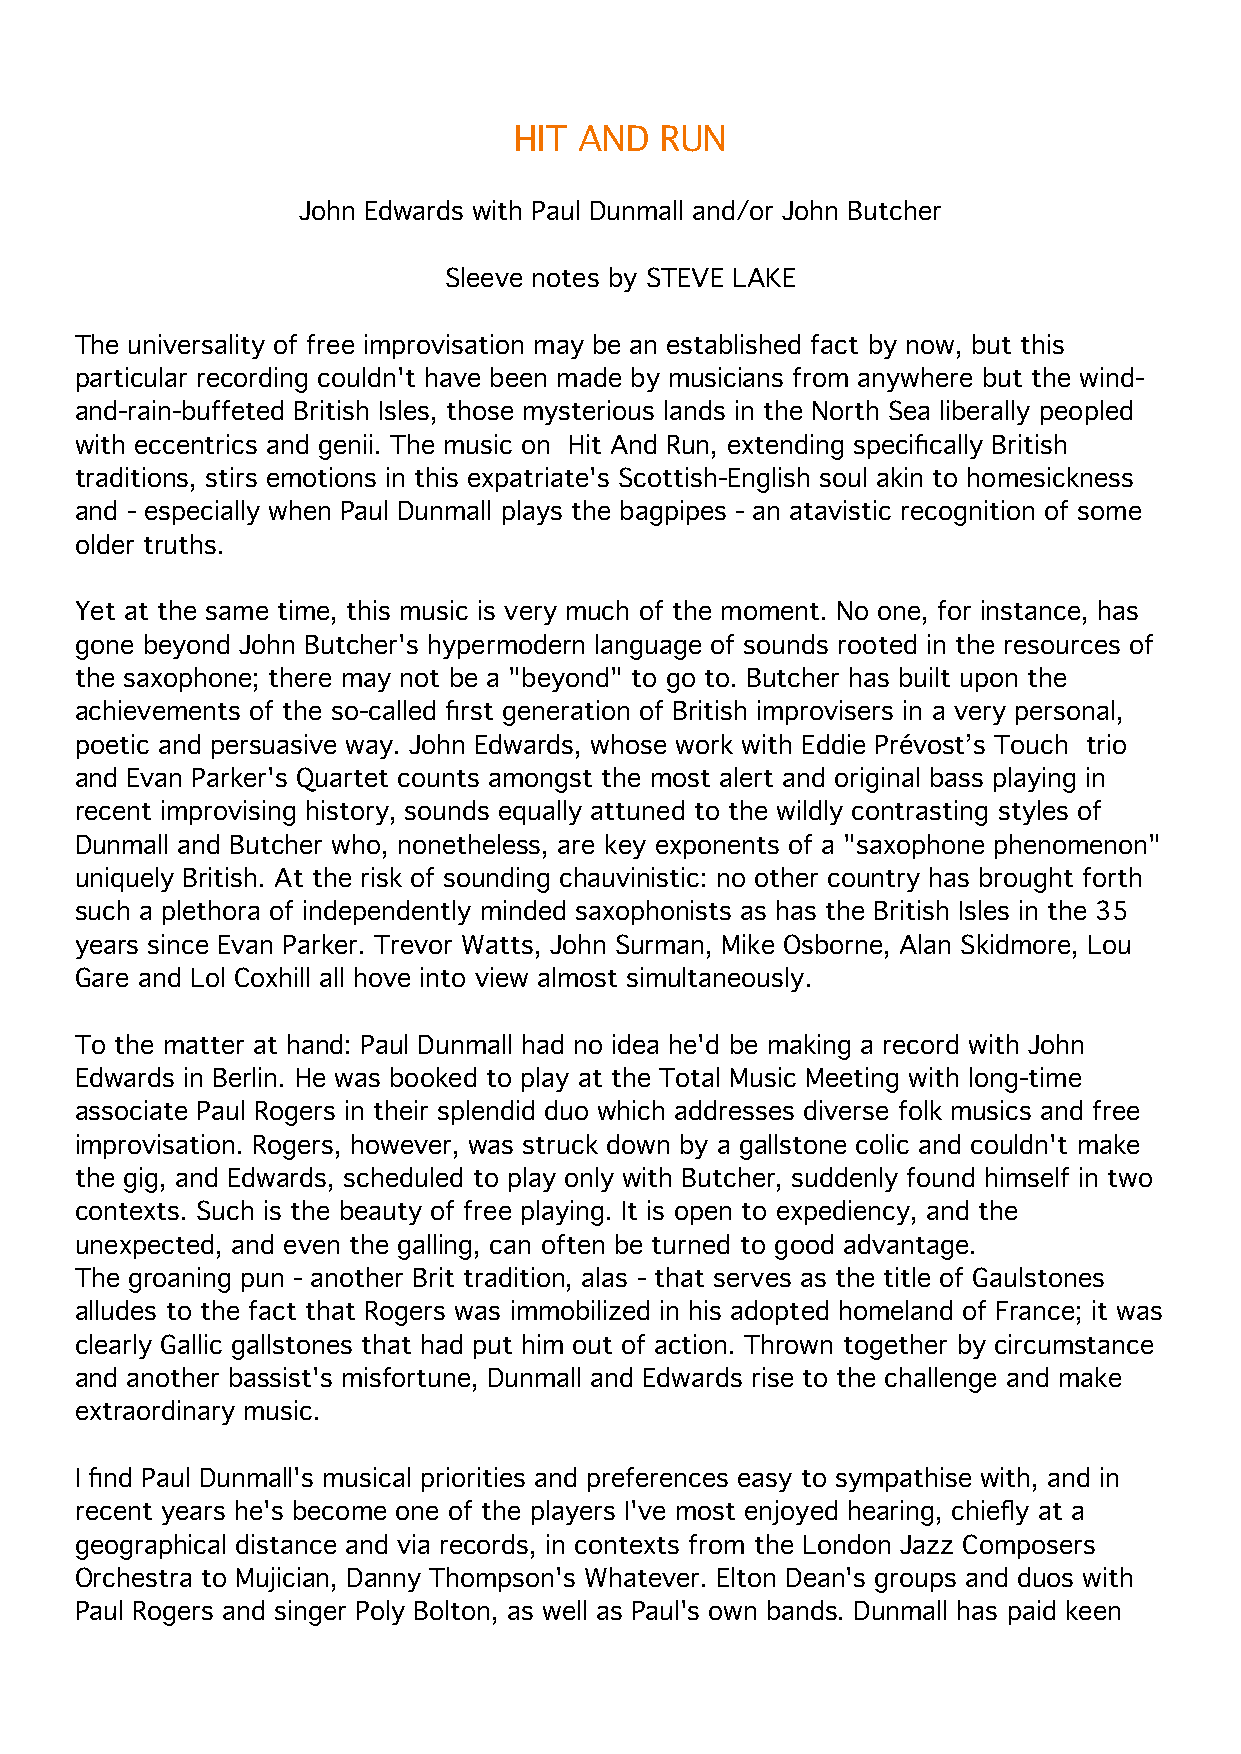
HIT AND   RUN
 John Edwards with Paul Dunmall and/or John Butcher
 Sleeve notes by STEVE LAKE
 The universality of free improvisation may be an established fact by now, but this
 particular recording couldn't have been made by musicians from anywhere but the wind-
 and-rain-buffeted British Isles, those mysterious lands in the North Sea liberally peopled
 with eccentrics and genii. The music on Hit And Run, extending specifically British
 traditions, stirs emotions in this expatriate's Scottish-English soul akin to homesickness
 and - especially when Paul Dunmall plays the bagpipes - an atavistic recognition of some
 older truths.
 Yet at the same time, this music is very much of the moment. No one, for instance, has
 gone beyond John Butcher's hypermodern language of sounds rooted in the resources of
 the saxophone; there may not be a "beyond" to go to. Butcher has built upon the
 achievements of the so-called first generation of British improvisers in a very personal,
 poetic and persuasive way. John Edwards, whose work with Eddie Prévost’s Touch trio
 and Evan Parker's Quartet counts amongst the most alert and original bass playing in
 recent improvising history, sounds equally attuned to the wildly contrasting styles of
 Dunmall and Butcher who, nonetheless, are key exponents of a "saxophone phenomenon"
 uniquely British. At the risk of sounding chauvinistic: no other country has brought forth
 such a plethora of independently minded saxophonists as has the British Isles in the 35
 years since Evan Parker. Trevor Watts, John Surman, Mike Osborne, Alan Skidmore, Lou
 Gare and Lol Coxhill all hove into view almost simultaneously.
 To the matter at hand: Paul Dunmall had no idea he'd be making a record with John
 Edwards in Berlin. He was booked to play at the Total Music Meeting with long-time
 associate Paul Rogers in their splendid duo which addresses diverse folk musics and free
 improvisation. Rogers, however, was struck down by a gallstone colic and couldn't make
 the gig, and Edwards, scheduled to play only with Butcher, suddenly found himself in two
 contexts. Such is the beauty of free playing. It is open to expediency, and the
 unexpected, and even the galling, can often be turned to good advantage.
 The groaning pun - another Brit tradition, alas - that serves as the title of Gaulstones
 alludes to the fact that Rogers was immobilized in his adopted homeland of France; it was
 clearly Gallic gallstones that had put him out of action. Thrown together by circumstance
 and another bassist's misfortune, Dunmall and Edwards rise to the challenge and make
 extraordinary music.
 I find Paul Dunmall's musical priorities and preferences easy to sympathise with, and in
 recent years he's become one of the players I've most enjoyed hearing, chiefly at a
 geographical distance and via records, in contexts from the London Jazz Composers
 Orchestra to Mujician, Danny Thompson's Whatever. Elton Dean's groups and duos with
 Paul Rogers and singer Poly Bolton, as well as Paul's own bands. Dunmall has paid keen